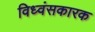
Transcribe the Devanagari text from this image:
विध्वंसकारक